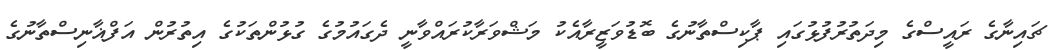
ޗައިނާގެ ރައީސްގެ މިދަތުރުފުޅުގައި ޕާކިސްތާނުގެ ބޮޑުވަޒީރާއެކު މަޝްވަރާކުރައްވާނީ ދެގައުމުގެ ގުޅުންތަކުގެ އިތުރުން އަފްޣާނިސްތާނުގެ